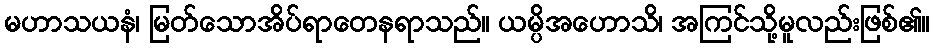
မဟာသယနံ၊ မြတ်သောအိပ်ရာတေနရာသည်။ ယမ္ပိအဟောသိ၊ အကြင်သို့မူလည်းဖြစ်၏။